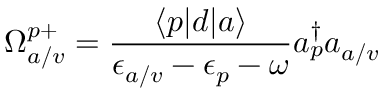
\Omega _ { a / v } ^ { p + } = \frac { \langle p | d | a \rangle } { \epsilon _ { a / v } - \epsilon _ { p } - \omega } a _ { p } ^ { \dagger } a _ { a / v }